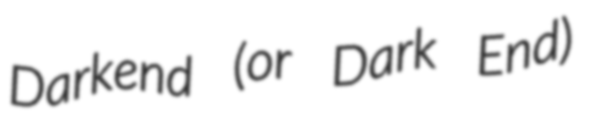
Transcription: Darkend (or Dark End)